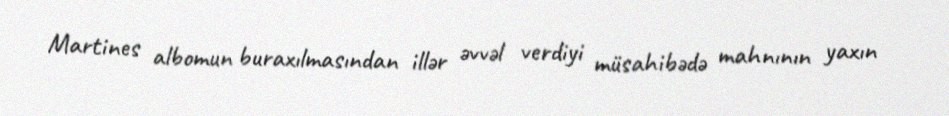
Martines albomun buraxılmasından illər əvvəl verdiyi müsahibədə mahnının yaxın